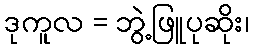
ဒုကူလ = ဘွဲ့ဖြူပုဆိုး၊